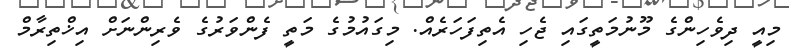
މިއީ ދިވެހިންގެ މޫނުމަތީގައި ޖެހި އެތިފަހަރެއް. މިގައުމުގެ މަތީ ފެންވަރުގެ ވެރިންނަށް އިޚްތިރާމް